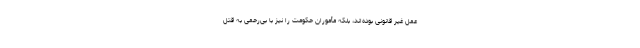
عمل غیر قانونی بوده‌اند، بلکه مأموران حکومت را نیز با بی‌رحمی به قتل